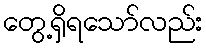
တွေ့ရှိရသော်လည်း